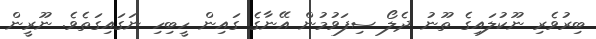
ބިރުވެރި ނޫކުލައިގެ ތޫނު ދެލޯ ސިފަވުމުން އޭނާގެ ގައިން ހީބިހި ނަގައިގަތެވެ. ނޫރީން